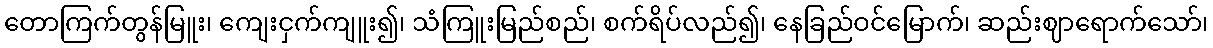
တောကြက်တွန်မြူး၊ ကျေးငှက်ကျူး၍၊ သံကြူးမြည်စည်၊ စက်ရိပ်လည်၍၊ နေခြည်ဝင်မြောက်၊ ဆည်းဈာရောက်သော်၊